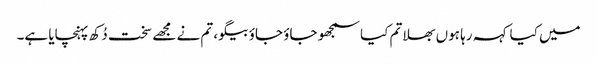
میں کیا کہہ رہا ہوں بھلا تم کیا سمجھو جاؤ جاؤ بیگو، تم نے مجھے سخت دُکھ پہنچایا ہے۔